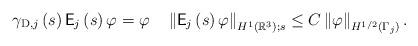
LaTeX: \begin{align*}\gamma_{\operatorname*{D},j}\left( s\right) \mathsf{E}_{j}\left( s\right)\varphi=\varphi\quad\left\Vert \mathsf{E}_{j}\left( s\right)\varphi\right\Vert _{H^{1}\left( \mathbb{R}^{3}\right) ;s}\leq C\left\Vert\varphi\right\Vert _{H^{1/2}\left( \Gamma_{j}\right) }. \end{align*}